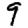
Digit: 9